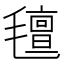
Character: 氊